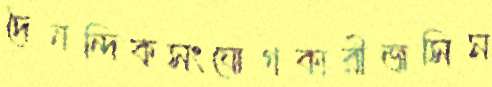
দৈনন্দিকসংযোগকারীজসিম